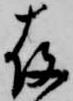
存